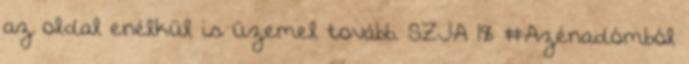
az oldal enélkül is üzemel tovább. SZJA 1% #Azénadómból